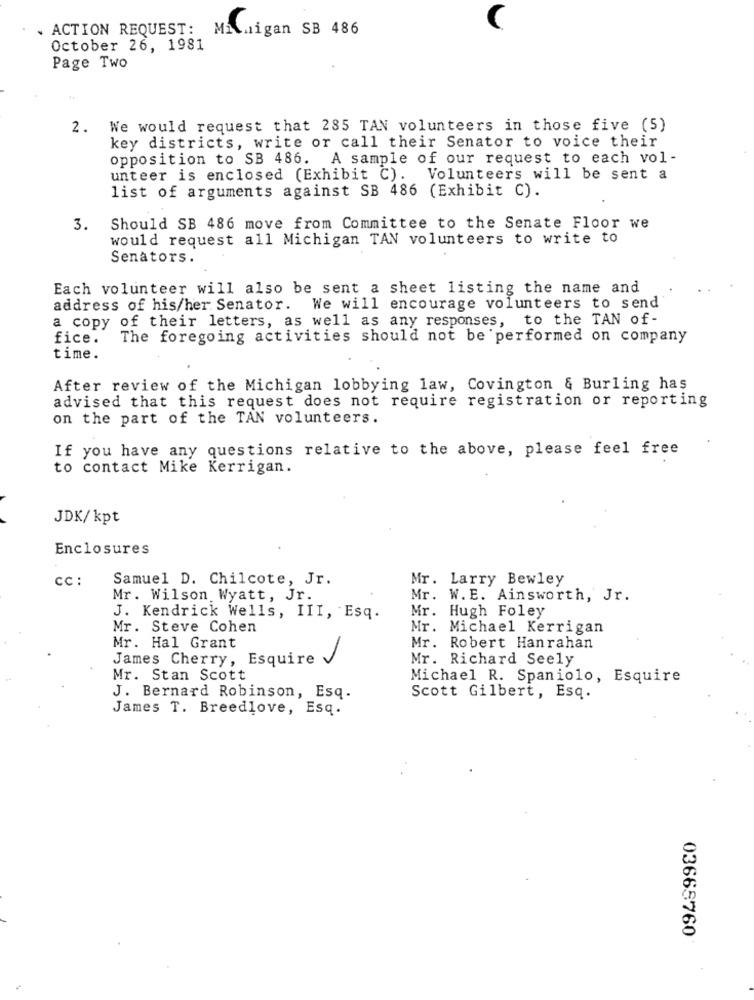
ACTION REQUEST: MILwigan SB 486
October 26, 1981
Page Two
2. We would request that 285 TAN volunteers in those five (5)
key districts, write or call their Senator to voice their
opposition to SB 486. A sample of our request to each vol-
unteer is enclosed (Exhibit C). Volunteers will be sent a
list of arguments against SB 486 (Exhibit C).
3.
Should SB 486 move from Committee to the Senate Floor we
would request all Michigan TAN volunteers to write to
Senators.
Each volunteer will also be sent a sheet listing the name and
address of his/her Senator. We will encourage volunteers to send
a copy of their letters, as well as any responses, to the TAN of-
fice.
The foregoing activities should not be performed on company
time.
After review of the Michigan lobbying law, Covington & Burling has
advised that this request does not require registration or reporting
on the part of the TAN volunteers.
If you have any questions relative to the above, please feel free
to contact Mike Kerrigan.
JDK/kpt
Enclosures
cc :
Samuel D. Chilcote, Jr.
Mr. Larry Bewley
Mr. Wilson Wyatt, Jr.
Mr. W.E. Ainsworth, Jr.
Mr. Hugh Foley
J. Kendrick Wells, III, Esq.
Mr. Steve Cohen
Mr. Michael Kerrigan
Mr. Hal Grant
Mr. Robert Hanrahan
James Cherry, Esquire
Mr. Richard Seely
Mr. Stan Scott
Michael R. Spaniolo, Esquire
J. Bernard Robinson, Esq.
Scott Gilbert, Esq.
James T. Breedlove, Esq.
03665760